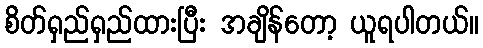
စိတ်ရှည်ရှည်ထားပြီး အချိန်တော့ ယူရပါတယ်။